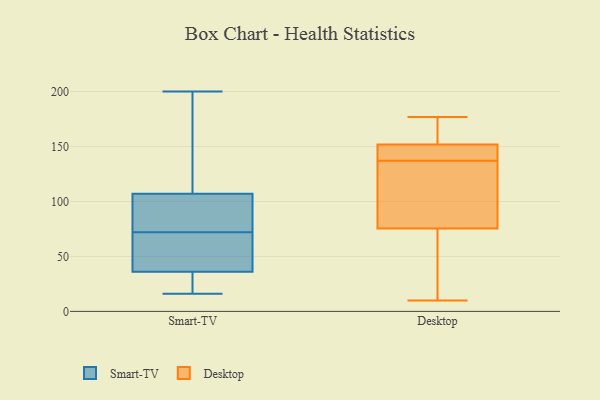
{"axis": {"x": "Active Users", "y": "Value"}, "legend": ["Desktop", "Smart-TV"], "data": [{"x": "", "y": 89, "type": "Smart-TV"}, {"x": "", "y": 117, "type": "Smart-TV"}, {"x": "", "y": 38, "type": "Smart-TV"}, {"x": "", "y": 107, "type": "Smart-TV"}, {"x": "", "y": 55, "type": "Smart-TV"}, {"x": "", "y": 36, "type": "Smart-TV"}, {"x": "", "y": 102, "type": "Smart-TV"}, {"x": "", "y": 16, "type": "Smart-TV"}, {"x": "", "y": 200, "type": "Smart-TV"}, {"x": "", "y": 20, "type": "Smart-TV"}, {"x": "", "y": 138, "type": "Desktop"}, {"x": "", "y": 10, "type": "Desktop"}, {"x": "", "y": 169, "type": "Desktop"}, {"x": "", "y": 66, "type": "Desktop"}, {"x": "", "y": 137, "type": "Desktop"}, {"x": "", "y": 50, "type": "Desktop"}, {"x": "", "y": 75, "type": "Desktop"}, {"x": "", "y": 145, "type": "Desktop"}, {"x": "", "y": 168, "type": "Desktop"}, {"x": "", "y": 177, "type": "Desktop"}, {"x": "", "y": 154, "type": "Desktop"}, {"x": "", "y": 101, "type": "Desktop"}, {"x": "", "y": 77, "type": "Desktop"}, {"x": "", "y": 90, "type": "Desktop"}, {"x": "", "y": 138, "type": "Desktop"}, {"x": "", "y": 137, "type": "Desktop"}, {"x": "", "y": 55, "type": "Desktop"}, {"x": "", "y": 176, "type": "Desktop"}, {"x": "", "y": 135, "type": "Desktop"}]}